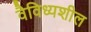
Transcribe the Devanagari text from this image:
वैविध्यशील